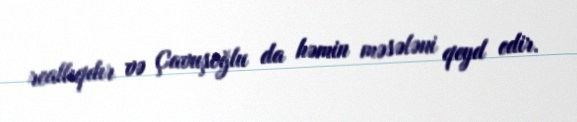
reallıqdır və Çavuşoğlu da həmin məsələni qeyd edir.